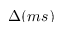
\Delta ( m s )